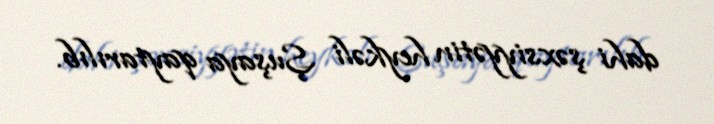
dahi şəxsiyyətin heykəli Şuşaya qaytarılıb.